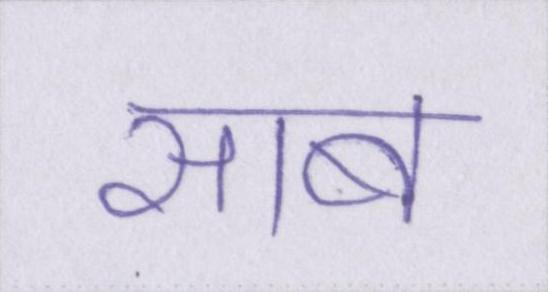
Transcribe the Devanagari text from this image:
साब